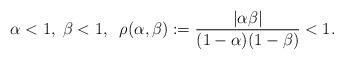
LaTeX: \begin{align*} \alpha < 1, \; \beta < 1, \;\; \rho(\alpha,\beta):= \frac{| \alpha \beta|}{(1-\alpha)(1- \beta)} < 1.\end{align*}